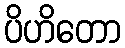
ပိဟိတော